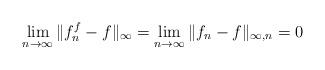
LaTeX: \begin{align*}\lim\limits_{n\rightarrow \infty}\|f_n^f-f\|_{\infty}=\lim\limits_{n\rightarrow \infty}\|f_n-f\|_{\infty,n}=0\end{align*}